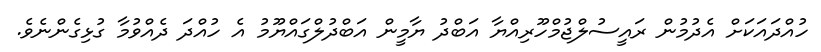
ހުއްދައަކަށް އެދުމުން ރައީސުލްޖުމްހޫރިއްޔާ އަބްދު ޔާމީން އަބްދުލްގައްޔޫމު އެ ހުއްދަ ދެއްވުމާ ގުޅިގެންނެވެ.